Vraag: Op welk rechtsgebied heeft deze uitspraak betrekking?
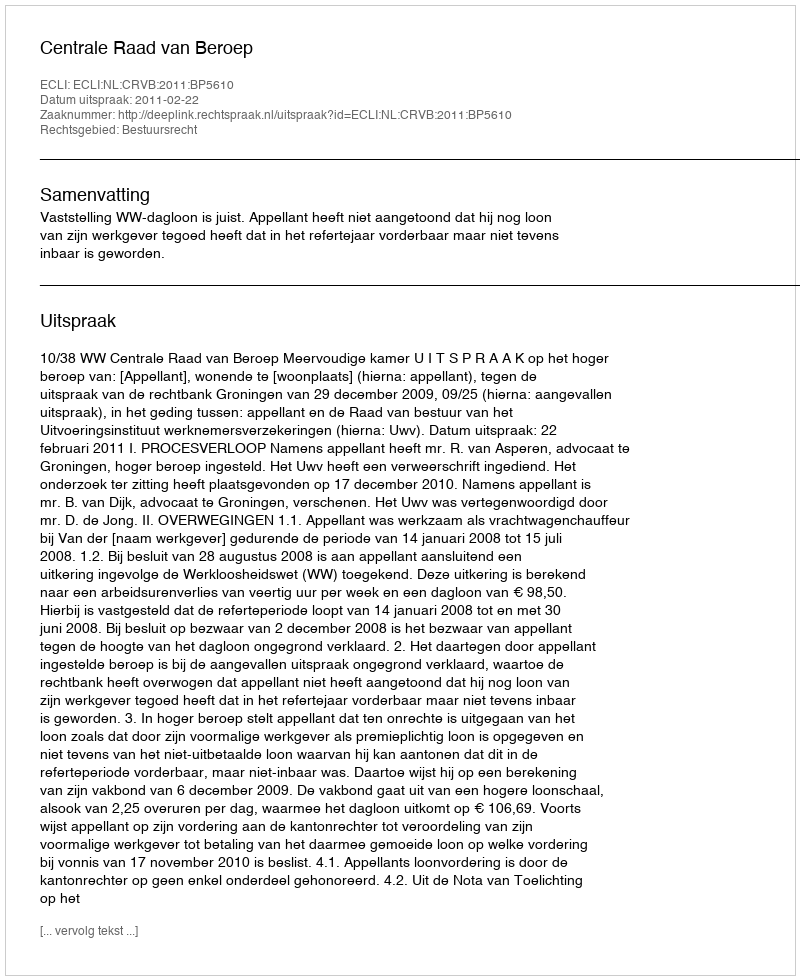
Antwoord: Bestuursrecht